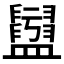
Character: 𥃖